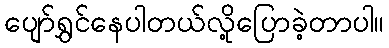
ပျော်ရွှင်နေပါတယ်လို့ပြောခဲ့တာပါ။